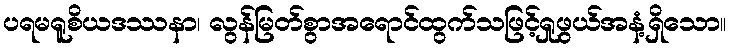
ပရမရူစိယဒဿနာ၊ လွန်မြတ်စွာအရောင်ထွက်သဖြင့်ရှုဖွယ်အနံ့ရှိသော။